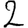
Digit: 2